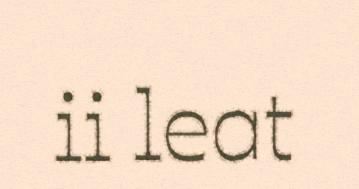
ii leat